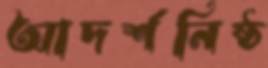
আদর্শনিষ্ঠ